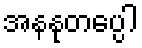
အနနုတပ္ပေါ